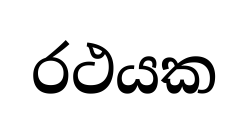
රථයක